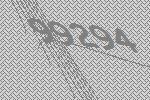
99294